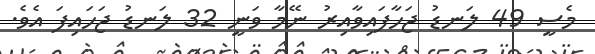
މެސީ 49 ލަނޑު ޖަހާފައިވާއިރު ނޭމާ ވަނީ 32 ލަނޑު ޖަހައިފަ އެވެ.